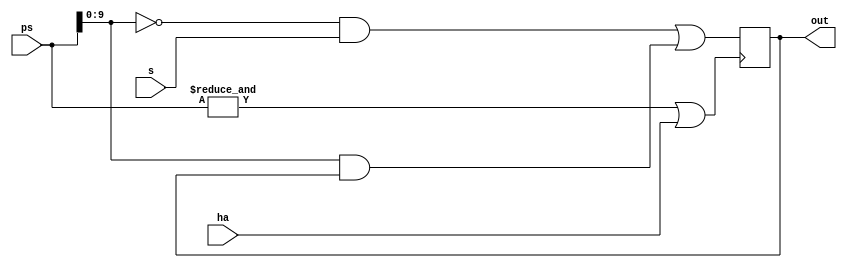
// L staticisor
module LSTAT #(parameter INSTR_BITS = 20, parameter INSTR_L_BITS = 10)
(input [INSTR_L_BITS-1:0] s, input [INSTR_BITS-1:0] ps, input ha, output [INSTR_L_BITS-1:0] out);
	// Create a bank of flip flops for the ps bits to toggle
	reg [INSTR_L_BITS-1:0] state = 0;

	always @(posedge !(&ps | ha)) begin
		state <= (~ps&s) | (ps&state);
	end
	
	assign out = state;

endmodule


// Gates connected to L Staticisor output
// Ensure that the address is only provided to the Main Store during ACTION beats
module GATES #(parameter INSTR_L_BITS = 10)
(input [INSTR_L_BITS-1:0] i, input ha, output [INSTR_L_BITS-1:0] a);
	wire [INSTR_L_BITS-1:0] has = ha;
	assign a = i & ha;
endmodule